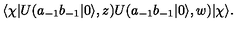
\langle \chi | U ( a _ { - 1 } b _ { - 1 } | 0 \rangle , z ) U ( a _ { - 1 } b _ { - 1 } | 0 \rangle , w ) | \chi \rangle .